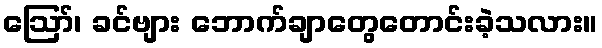
ဪ၊ ခင်ဗျား ဘောက်ချာတွေတောင်းခဲ့သလား။